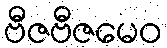
ဗီဇဗီဇမေဝ